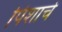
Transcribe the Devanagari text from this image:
पिशाचे